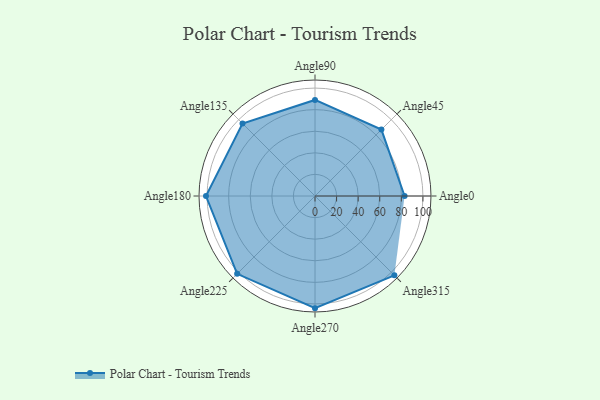
{"axis": {"x": "Angle", "y": "Radius"}, "legend": [""], "data": [{"x": "Angle0", "y": 83.0, "type": ""}, {"x": "Angle45", "y": 87.0, "type": ""}, {"x": "Angle90", "y": 89.0, "type": ""}, {"x": "Angle135", "y": 95.0, "type": ""}, {"x": "Angle180", "y": 101.0, "type": ""}, {"x": "Angle225", "y": 102.0, "type": ""}, {"x": "Angle270", "y": 104.0, "type": ""}, {"x": "Angle315", "y": 104.0, "type": ""}]}